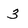
Character: 3